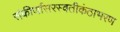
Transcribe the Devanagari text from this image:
संकीर्णासरस्वतीकंठाभरण